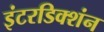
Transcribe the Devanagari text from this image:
इंटरडिक्शंन